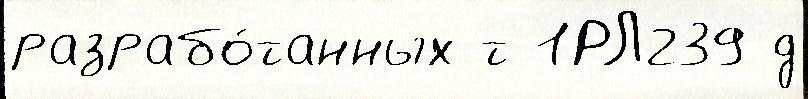
разрабо́танных т 1РЛ239 д